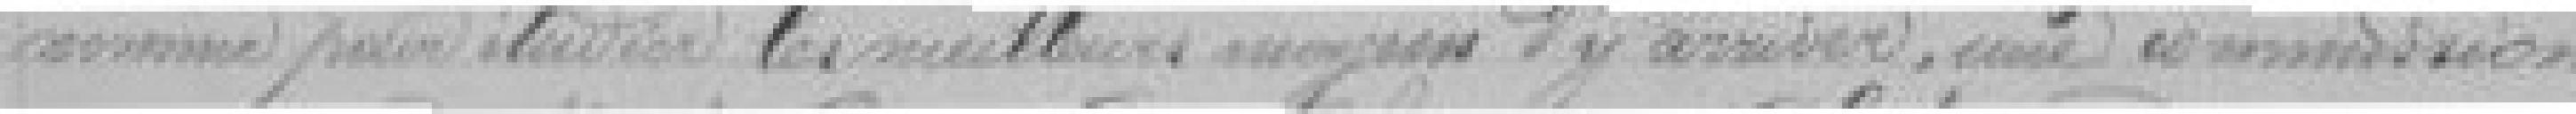
nomme pour étudier les meilleurs moyens d'y arriver, une commission